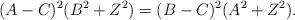
LaTeX: \begin{align*} (A-C)^2(B^2+Z^2) = (B-C)^2(A^2+Z^2). \end{align*}